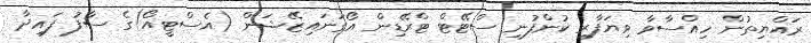
ރައްޔިތުން ހިއްސާވާ ވިޔަފާރި ކުންފުނި ސްޓޭޓް ޓްރޭޑިން އޯގަނައިޒޭޝަން (އެސްޓީއޯ)ގެ ސާފު ފައިދާ